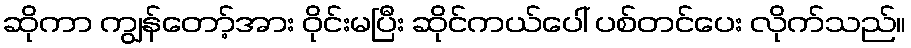
ဆိုကာ ကျွန်တော့်အား ဝိုင်းမပြီး ဆိုင်ကယ်ပေါ် ပစ်တင်ပေး လိုက်သည်။